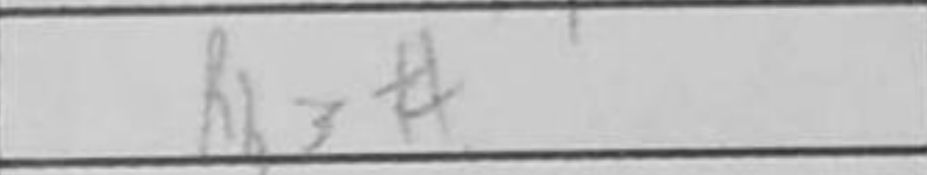
Transcription: Rh3#